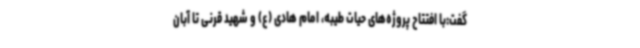
گفت:با افتتاح پروژه‌های حیات طیبه، امام هادی (ع) و شهید قرنی تا آبان